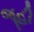
જૂહી